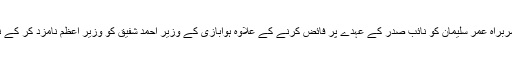
ایک روز قبل اُنھوں نے انٹیلی جنس کے سربراہ عمر سلیمان کو نائب صدر کے عہدے پر فائض کرنے کے علاوہ ہوابازی کے وزیر احمد شفیق کو وزیر اعظم نامزد کر کے نئی کابینہ تشکیل دینے کی ہدایت کی تھی۔